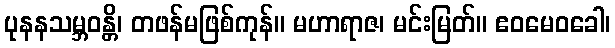
ပုနနသမ္ဘဝန္တိ၊ တဖန်မဖြစ်ကုန်။ မဟာရာဇ၊ မင်းမြတ်။ ဧဝမေဝခေါ၊